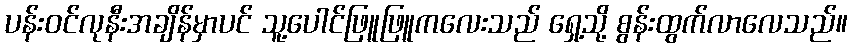
ပန်းဝင်လုနီးအချိန်မှာပင် သူ့ပေါင်ဖြူဖြူကလေးသည် ရှေ့သို့ စွန်းထွက်လာလေသည်။